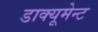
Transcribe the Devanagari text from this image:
डाक्यूमेन्ट